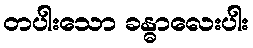
တပါးသော ခန္ဓာလေးပါး